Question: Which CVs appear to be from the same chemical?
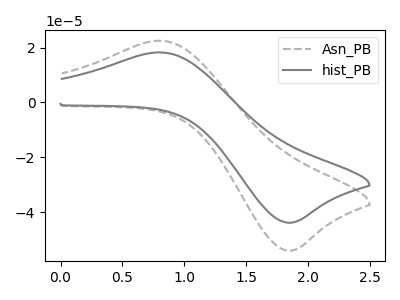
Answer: <think>The gray dashed curve "Asn_PB" has an anodic peak at (0.80V, 22.45uA) and a cathodic peak at (1.85V, -53.90uA). The gray curve "hist_PB" has an anodic peak at (0.80V, 18.20uA) and a cathodic peak at (1.85V, -43.75uA).
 All the peaks in "Asn_PB" have a peak in "hist_PB" at the same potential. Every peak in "Asn_PB" is higher than every peak in "hist_PB".</think>
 <answer>"hist_PB" and "Asn_PB" have the same shape and are likely CV's of the same chemical.</answer>
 <eval>"hist_PB" "Asn_PB"</eval>